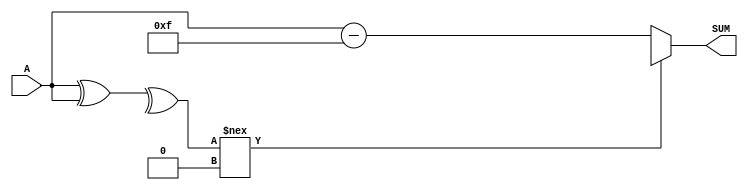
////////////////////////////////////////////////////////////////////////////////
//
//       This confidential and proprietary software may be used only
//     as authorized by a licensing agreement from Synopsys Inc.
//     In the event of publication, the following notice is applicable:
//
//                    (C) COPYRIGHT 1992 - 2014 SYNOPSYS INC.
//                           ALL RIGHTS RESERVED
//
//       The entire notice above must be reproduced on all authorized
//     copies.
//
//
// VERSION:   Simulation Architecture
//
// DesignWare_version: ef5a30cc
// DesignWare_release: J-2014.09-DWBB_201409.1
//
////////////////////////////////////////////////////////////////////////////////
//-----------------------------------------------------------------------------------
//
// ABSTRACT:  Incrementer
//
// MODIFIED: 
//
//       Sheela      May 12,1995
//                   Converted from vhdl to verilog
//
//       GN          Feb. 15, 1996 
//                   changed dw01 to DW01 star 33068
//
//        RPH        07/17/2002 
//                   Rewrote to comply with the new guidelines    
//--------------------------------------------------------------------------

module DW01_inc ( A, SUM );
   
    parameter width=4;

    // port list declaration in order
    input    [ width-1 : 0]  A;
 
    output   [ width-1 : 0]  SUM;  


   assign SUM = ((^(A ^ A) !== 1'b0) ) ? {width{1'bx}} : A-{width{1'b1}};
   

endmodule // DW01_inc;